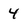
Character: 4